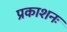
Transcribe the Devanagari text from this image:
प्रकाशनः